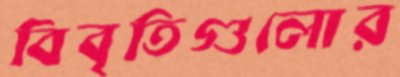
বিবৃতিগুলোর